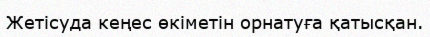
Жетісуда кеңес өкіметін орнатуға қатысқан.